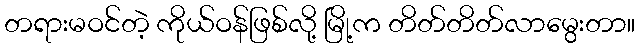
တရားမဝင်တဲ့ ကိုယ်ဝန်ဖြစ်လို့ မြို့က တိတ်တိတ်လာမွေးတာ။